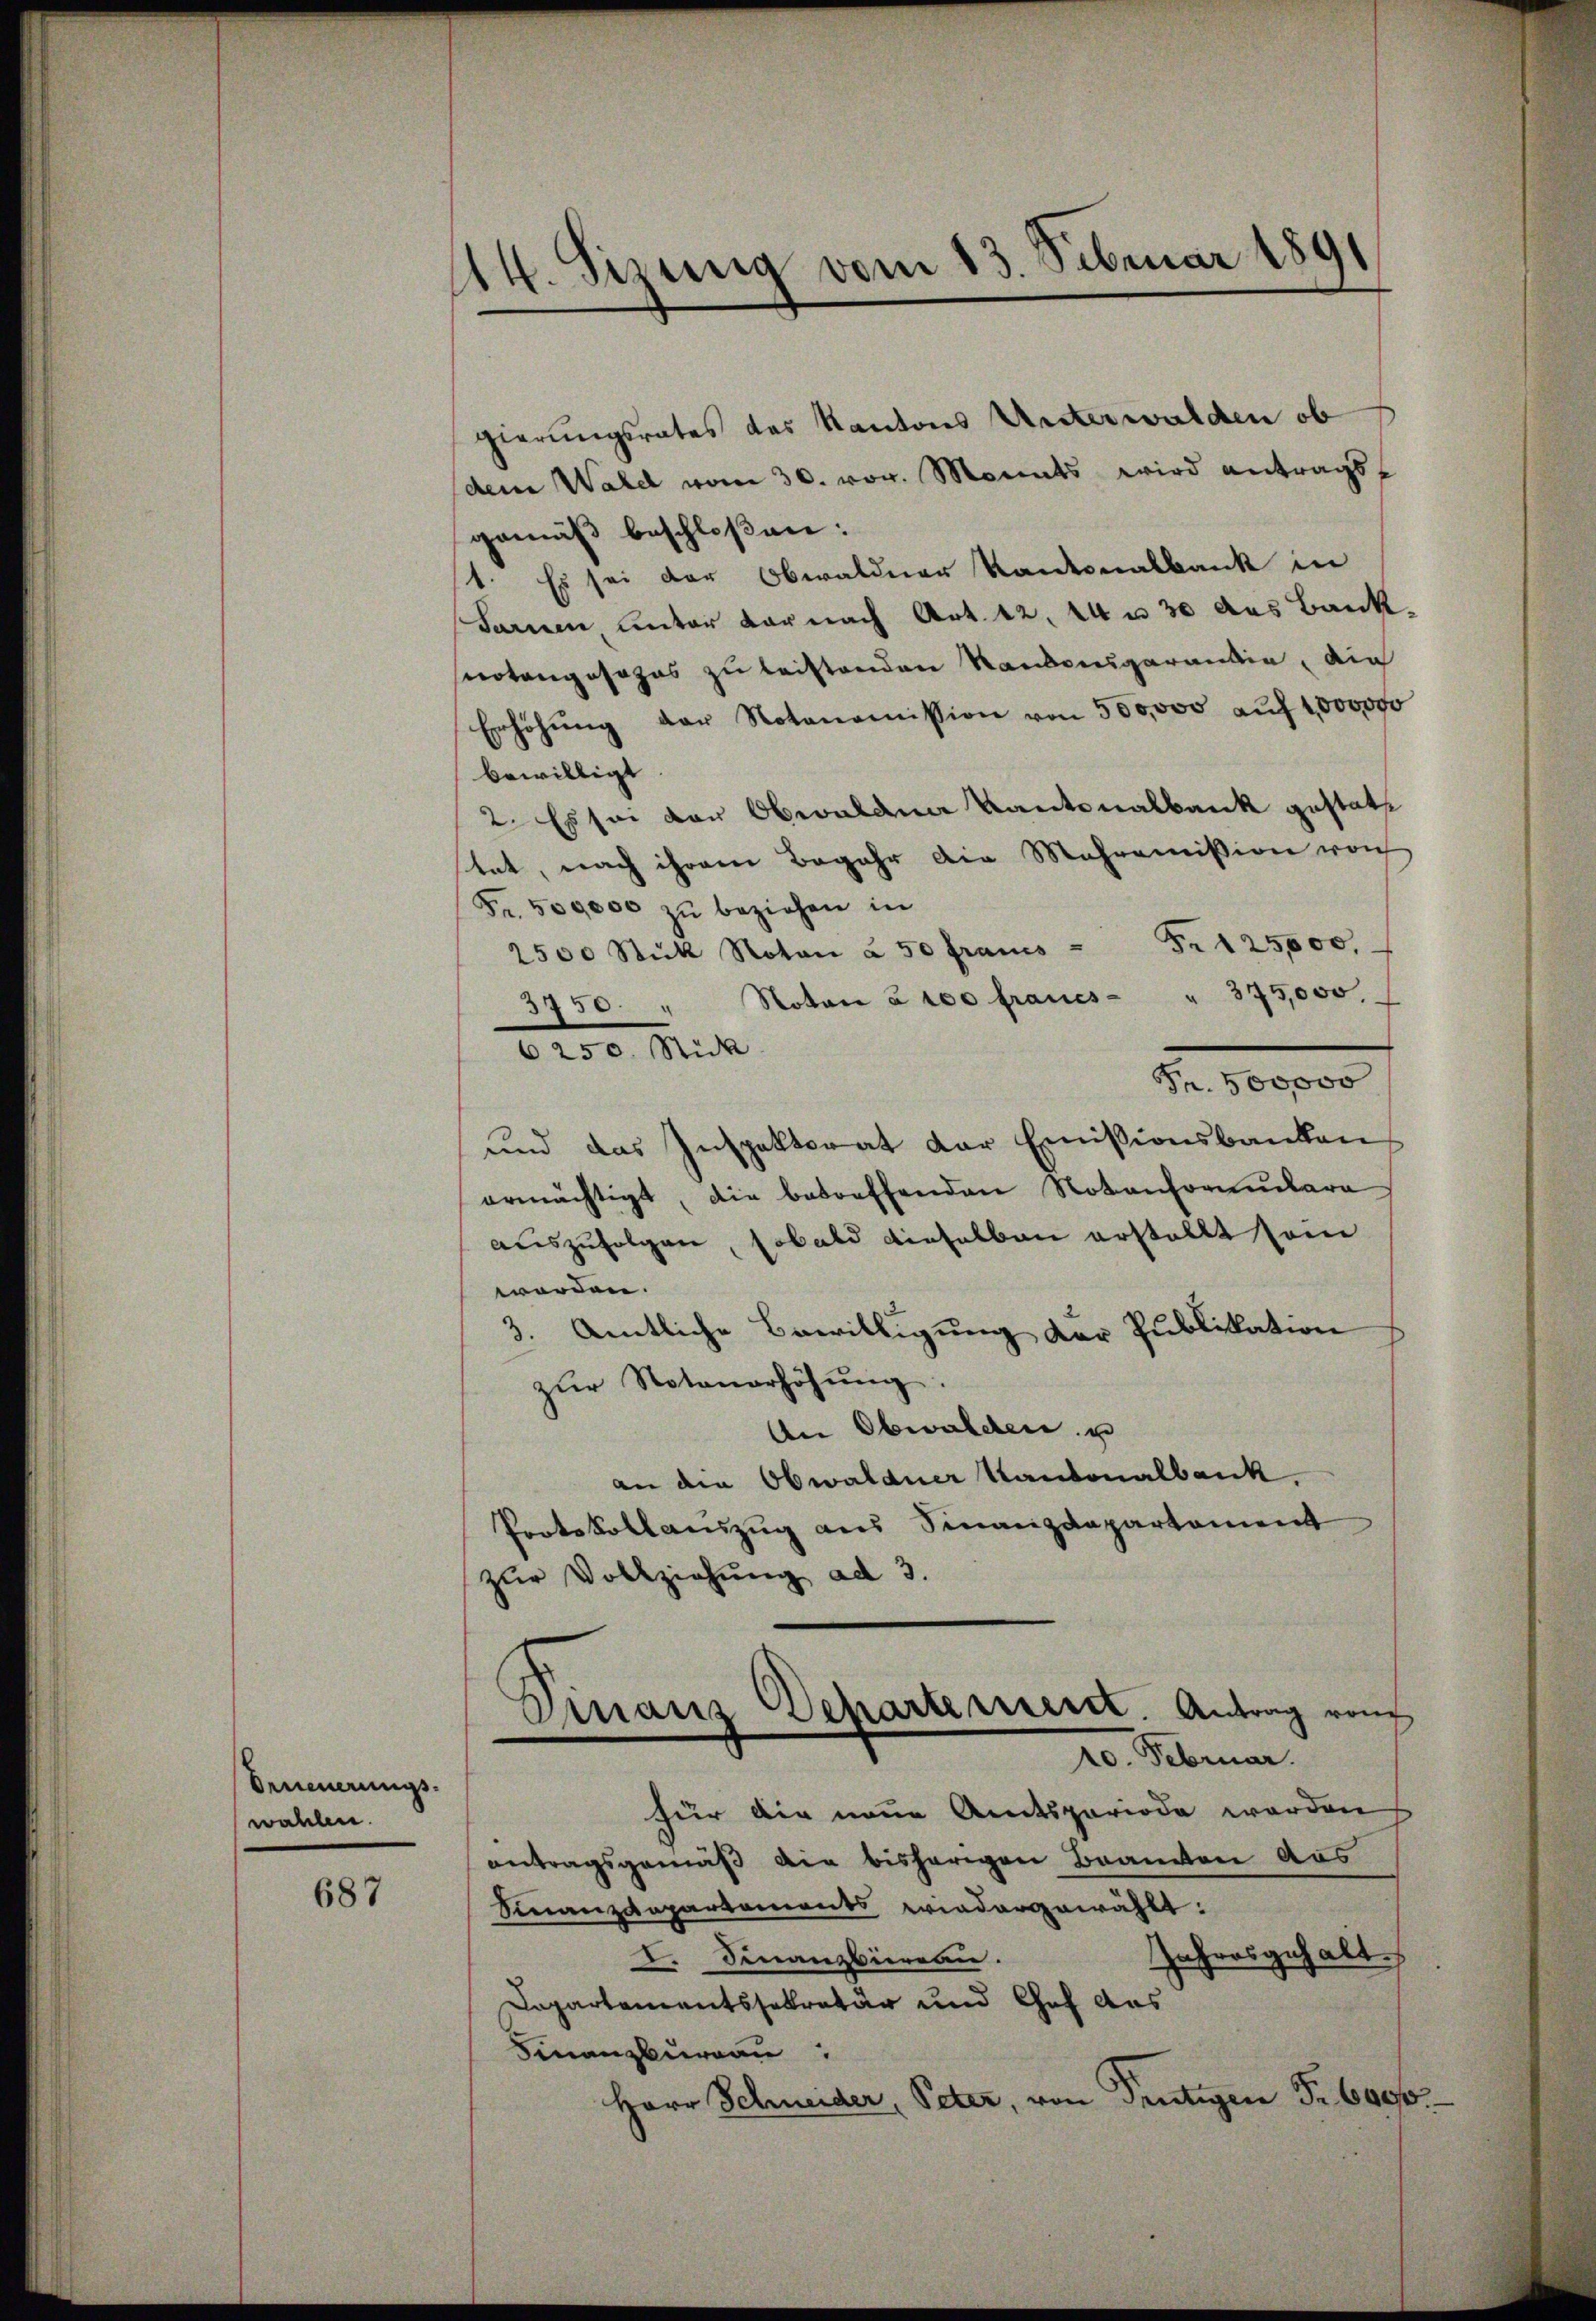
Orneuerungswahlen.

687

4. Sizung vom 13. Februar 1891
¬

gierungsrates des Kantons Unterwalden ob
(dem Wald vom 30. vor. Monats wird antragsgemäß beschloßen:
1. Es sei der Obwaldner Kantonalbank in
Sarnen, unter darnach Art. 12. 44 n 30 des Bank
Protengesezes zu leistenden Raubensgarantin, die
Erhöhŭng der Notonomission von 500,000 auf 1000000
bewilligt
2. Es sei der Obwalden Kantonalbank gestatte
stet, nach ihrem Begehr die Mehromission von
Fr. 500000 zu beziehen in
2500 Stück Noton à 50 francs = Fr. 125,000,
3750. " Noton à 100 francs " 375,000.
8200. Rich
Pr. 500000
und das Inspektorat der Emissionsbanken
ermächtigt, die betreffenden Notenformulara
auszufolgen, sobald dieselben erstellt sein
worden.
3. Amtliche Bewilligung der Publikation
zŭr Notenerhöhŭng.
An Obwalden, u
an die Obwaldner Kantonalbank.
Protokollauszug aus Sinanzdepartement
zŭr Vollziehung ad 3.
Dinaus Scharterient. Antrag von
10. Februar.
für die neue Amtsperiode werden
antragsgemäß die bisherigen Branten aus
Finanzdepartements wiedergewählt:
Jahresgehalt.
D. Finanzbüreau.
Departementssekretär und Chef das
Finanzburgau
Herr Schneider, Peter, von Frutigen Fr. 6000.